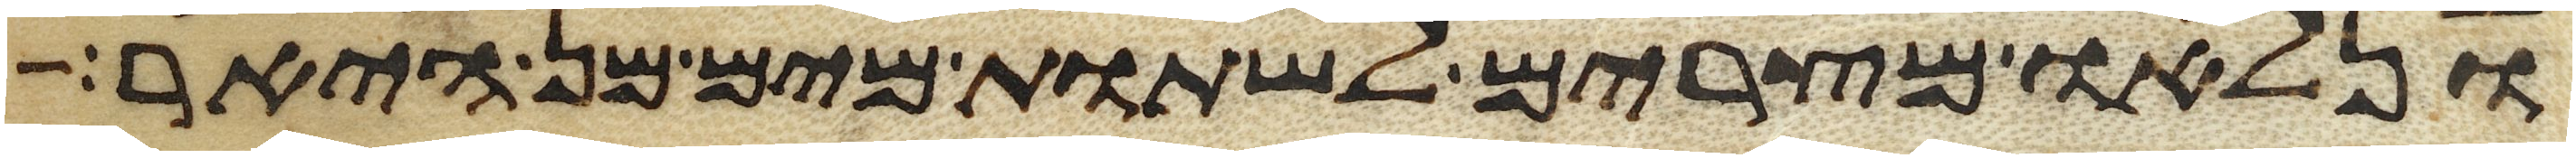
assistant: ונלאו מצרים לשתות מים מן היאר